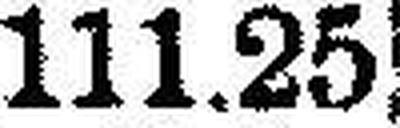
111.25